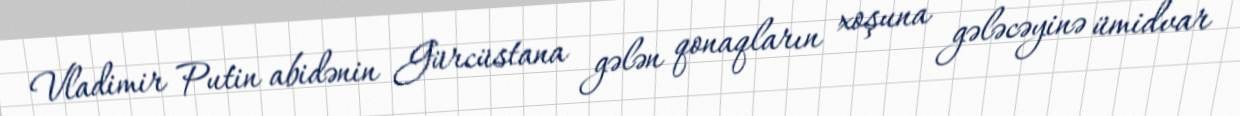
Vladimir Putin abidənin Gürcüstana gələn qonaqların xoşuna gələcəyinə ümidvar